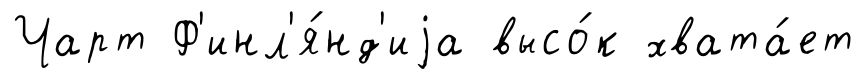
Чарт Ф'инл'я́нд'иjа высо́к хвата́ет